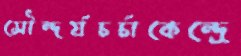
সৌন্দর্যচর্চাকেন্দ্রে